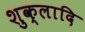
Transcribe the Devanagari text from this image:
शुक्लादि